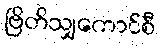
ဗြိတိသျှကောင်စီ